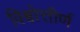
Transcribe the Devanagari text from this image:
विश्वोत्तीर्ण